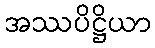
အဿပိဋ္ဌိယာ